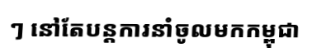
ៗ នៅតែបន្តការនាំចូលមកកម្ពុជា